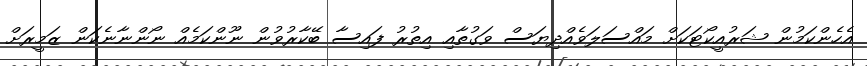
އެހެންކަމުން ޝަރުއީކޯޓަކަށް މައްސަލަވެއްދިޔަސް ވަގުތާއި އިތުރު ފައިސާ ބޭކާރުވުން ނޫންކަމެއް ނޯންނާނެކަން ޒަމީރަށް